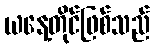
ယနေ့တိုင်ဖြစ်သည်